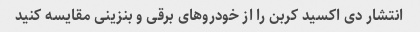
انتشار دی اکسید کربن را از خودروهای برقی و بنزینی مقایسه کنید